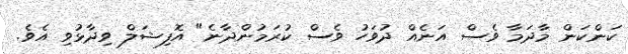
ކަންކަން މާދަމާ ވެސް އަނެއް ދުވަހު ވެސް ކުރަމުންދާނެ" އޮފިޝަލް ވިދާޅުވި އެވެ.